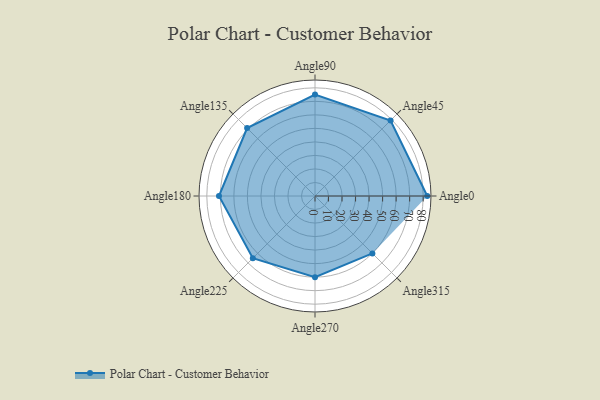
{"axis": {"x": "Angle", "y": "Radius"}, "legend": [""], "data": [{"x": "Angle0", "y": 83.0, "type": ""}, {"x": "Angle45", "y": 79.0, "type": ""}, {"x": "Angle90", "y": 75.0, "type": ""}, {"x": "Angle135", "y": 71.0, "type": ""}, {"x": "Angle180", "y": 71.0, "type": ""}, {"x": "Angle225", "y": 65.0, "type": ""}, {"x": "Angle270", "y": 60.0, "type": ""}, {"x": "Angle315", "y": 60.0, "type": ""}]}